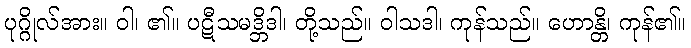
ပုဂ္ဂိုလ်အား။ ဝါ၊ ၏။ ပဋီသမဒ္ဘိဒါ၊ တို့သည်။ ဝါသဒါ၊ ကုန်သည်။ ဟောန္တိ၊ ကုန်၏။